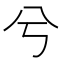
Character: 兮